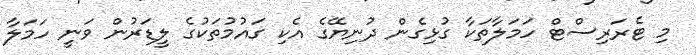
މި ޓެރަރިސްޓް ހަމަލާތަކާ ގުޅިގެން ދުނިޔޭގެ އެކި ގައުމުތަކުގެ ލީޑަރުން ވަނީ ހަމަލާ